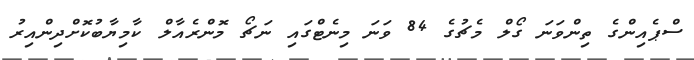
ސްޕެއިންގެ ތިންވަނަ ގޯލް މެޗުގެ 84 ވަނަ މިނެޓްގައި ނަޗޯ މޮންރެއާލް ކާމިޔާބުކޮށްދިންއިރު